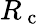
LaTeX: R_{\mathrm{~c~}}